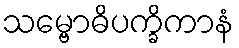
သမ္ဗောဓိပက္ခိကာနံ